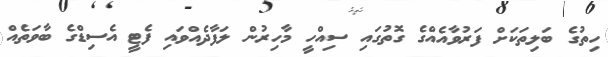
ހިތުގެ ބަލިތަކަށް ފަރުވާއެއްގެ ގޮތުގައި ސިއްހީ މާހިރުން ލަފާދެއްވައި ފެޓީ އެސިޑްގެ ބާވަތެއް